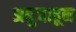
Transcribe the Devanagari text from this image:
अबुजाहून